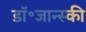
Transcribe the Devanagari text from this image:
डॉ॰जान्स्की